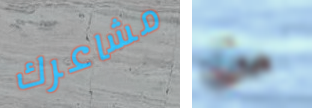
مشاعرك من